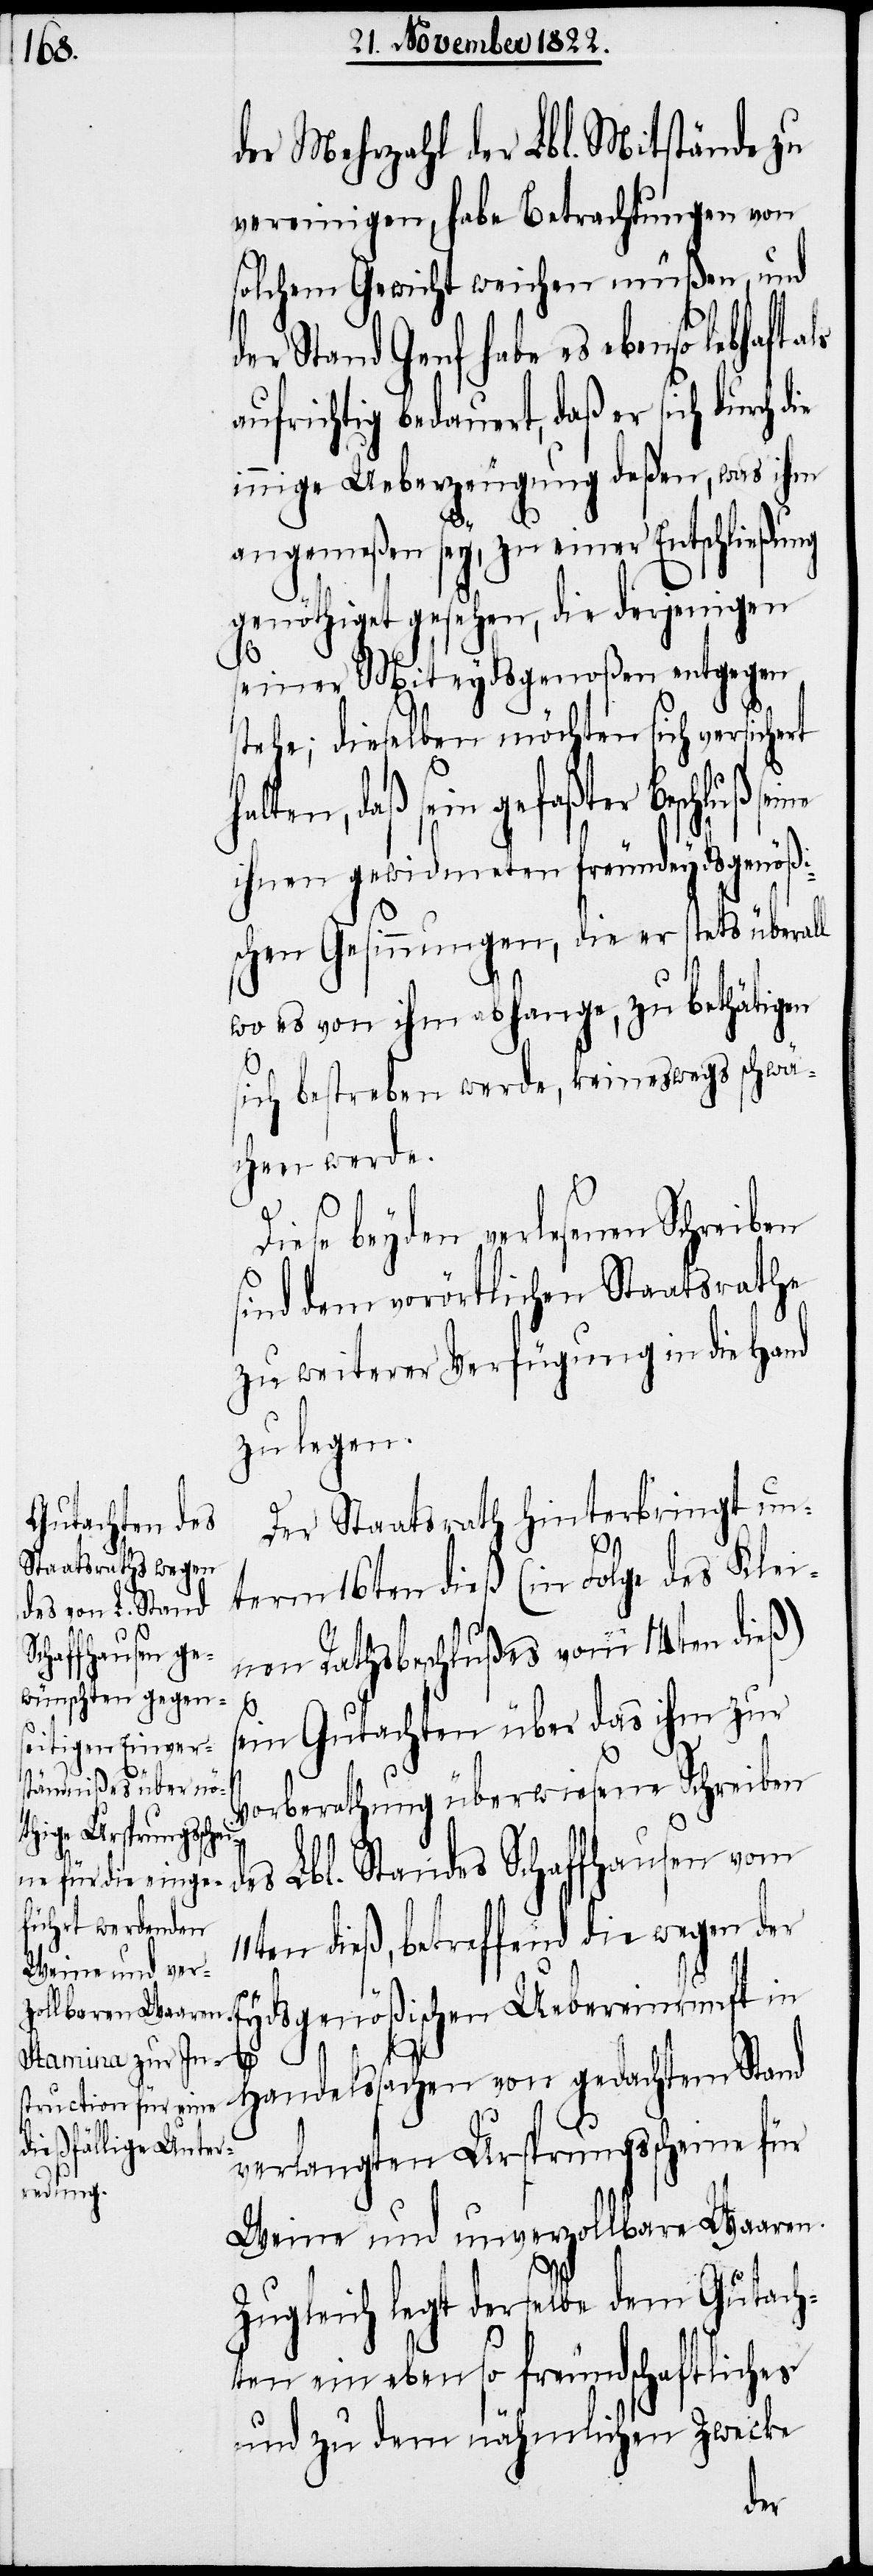
11t¬

der Mehrzahl der Lbl. Mitstände zu
vereinigen, habe Betrachtungen von
solchem Gewicht weichen müßen, und
der Stand Genf habe es ebenso lebhaft
aufrichtig bedauert, daß er sich durch d¬
innige Ueberzeugung deßen, was ihm
angemeßen sey, zu einer Entschließung
genöthiget gesehen, die derjenigen
seiner Miteydsgenoßen entgegen
tehe; dieselben möchten sich versichert
ihnen gewidmeten freundeydsgenö¬
schen Gesinnungen, die er stets überall
wo es von ihm abhange, zu bethätigen
sich bestreben werde, keineswegs schwä¬
chen werde.
Diese beyden verlesenen Schreiben
sind dem vorörtlichen Staatsrathe
zu weiterer Verfügung in die Hand
zu legen.
Der Staatsrath hinterbringt un¬
term 16ten dieß (in Folge des Klei¬
nen Rathsbeschlußes vom 14ten dieß)
s¬
ein Gutachten über das ihm zur
s¬
Vorberathung überwiesene Schreiben
des Lbl. Standes Schaffhausen vom
en dieß, betreffend die wegen der
Uebereinkunft in Handelssachen von gedachtem Stand
verlangten Ursprungsscheine für
Weine und unverzollbare Waaren.
Zugleich legt derselbe dem Gutach¬
ten ein ebenso freundschaftliches
und zu dem nähmlichen Zwecke
daß